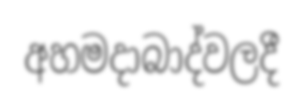
අහමදාබාද්වලදී